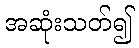
အဆုံးသတ်၍